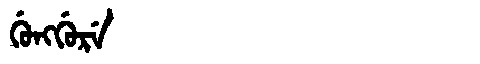
Manchu: ᡤᡠᠩᡤᡠᡵᡝ
Romanization: GUNGGURE